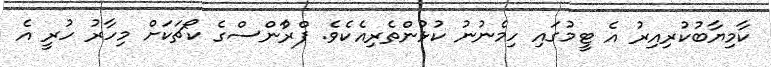
ކާމިޔާބުކުރިއިރު އެ ޓީމުގައި ހިމެނުނު ކުޅުންތެރިއެކެވެ. ފްރާްންސްގެ ކޯޗަކަށް މިހާރު ހުރީ އެ